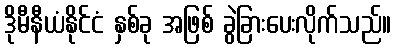
ဒိုမီနီယံနိုင်ငံ နှစ်ခု အဖြစ် ခွဲခြားပေးလိုက်သည်။